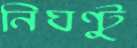
নিঘণ্টু